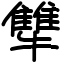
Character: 犨